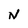
Character: N